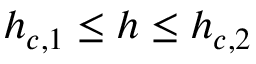
h _ { c , 1 } \leq h \leq h _ { c , 2 }